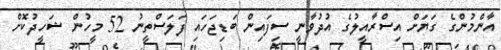
އާންމުންގެ ގަޔަށް އިސްރާއީލުގެ އުދުވާނީ ސިފައިން ބަޑިޖަހައި ފަލަސްތީނު 52 މީހުން ޝަހީދުކޮށް